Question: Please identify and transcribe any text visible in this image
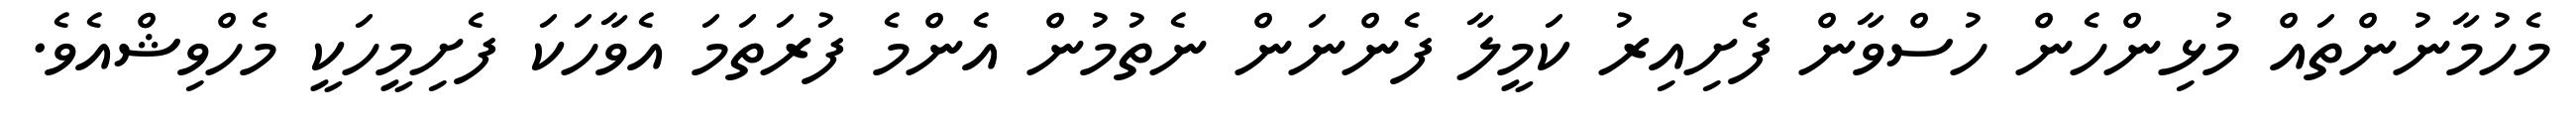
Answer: މެހުމާނުންތައް މުޅިންހެން ހުސްވާން ފެށިއިރު ކަމީލާ ފެންނަން ނެތުމުން އެންމެ ފުރަތަމަ އެވާހަކަ ފެށިމީހަކީ މެހްވިޝްއެވެ.